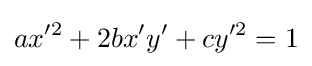
ax'^{2}+2bx'y'+cy'^{2}=1